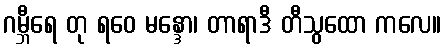
ဂမ္ဘီရေ တု ရဝေ မန္ဒော၊ တာရာဒီ တီသွထော ကလေ။